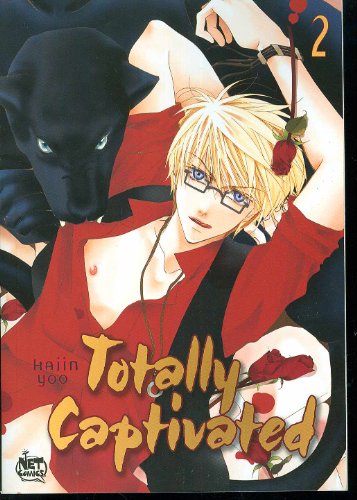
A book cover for Totally Captivated Volume 2 (v. 2); Hajin Yoo; Comics & Graphic Novels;